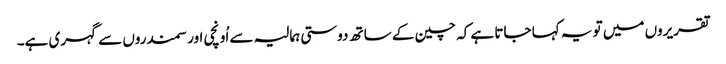
تقریروں میں تو یہ کہا جاتا ہے کہ چین کے ساتھ دوستی ہمالیہ سے اُونچی اور سمندروں سے گہری ہے۔